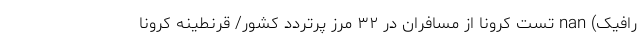
رافیک) nan تست کرونا از مسافران در ۳۲ مرز پرتردد کشور/ قرنطینه کرونا